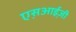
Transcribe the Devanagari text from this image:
एस़आई़जी